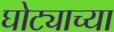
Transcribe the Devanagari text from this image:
घोट्याच्या